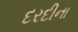
દરદીના